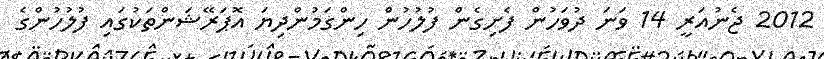
2012 ޖެނުއަރީ 14 ވަނަ ދުވަހުން ފެށިގެން ފުލުހުން ހިންގަމުންދިޔަ އޮޕަރޭޝަންތަކުގައި ފުލުހުންގެ